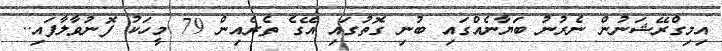
އިމިގްރޭޝަނުން ނެރުނު ބަޔާނެއްގައި ބުނި ގޮތުގައި އޭގެ ތެރެއިން 79 މީހަކު ފޮނުވާލާފައި..